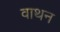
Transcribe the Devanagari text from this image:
वाथन